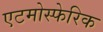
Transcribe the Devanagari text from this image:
एटमोस्फेरिक